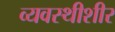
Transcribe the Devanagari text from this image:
व्यवस्थीशीर